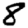
Digit: 8